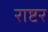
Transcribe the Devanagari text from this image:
राष्टर